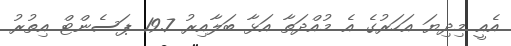
އެއީ މިދިޔަ އަހަރުގެ އެ މުއްދަތާ އަޅާ ބަލާއިރު 19.7 ޕަސެންޓް އިތުރު